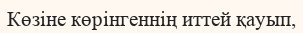
Көзіне көрінгеннің иттей қауып,